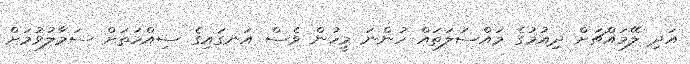
އަދި ލޭމައްޗަށް ދިއުމުގެ މައްސަލަތައް ހުންނަ މީހުން ވެސް އަނގައިގެ ސިއްހަތަށް ސަމާލުވުމަށް